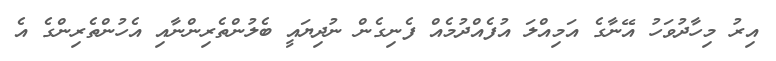
އިރު މިހާދުވަހު އޭނާގެ އަމިއްލަ އުފެއްދުމެއް ފެނިގެން ނުދިޔައީ ބެލުންތެރިންނާއި އެހުންތެރިންގެ އެ